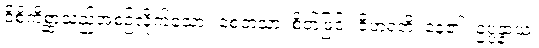
ဝိစိကိစ္ဆာသည်အစဉ်လိုက်သော။ စေတသာ၊ စိတ်ဖြင့်။ ဝိဟရတိ၊ နေ၏။ ဥပ္ပန္နာယ၊